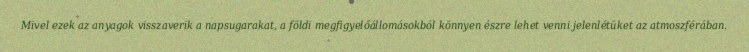
Mivel ezek az anyagok visszaverik a napsugarakat, a földi megfigyelőállomásokból könnyen észre lehet venni jelenlétüket az atmoszférában.